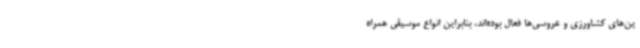
ین‌های کشاورزی و عروسی‌ها فعال بوده‌اند، بنابراین انواع موسیقی همراه